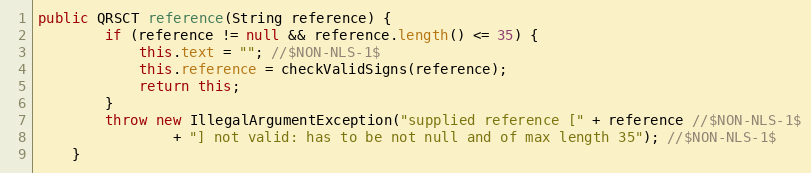
Language: Java
public QRSCT reference(String reference) {
		if (reference != null && reference.length() <= 35) {
			this.text = ""; //$NON-NLS-1$
			this.reference = checkValidSigns(reference);
			return this;
		}
		throw new IllegalArgumentException("supplied reference [" + reference //$NON-NLS-1$
				+ "] not valid: has to be not null and of max length 35"); //$NON-NLS-1$
	}